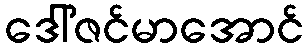
ဒေါ်ဇင်မာအောင်